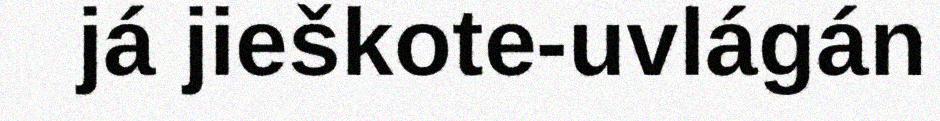
já jieškote-uvlágán